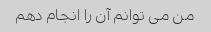
من می توانم آن را انجام دهم